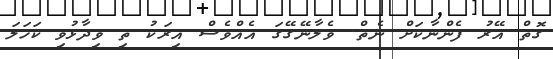
ގޮތް އޭރު ފެންނާކަށް ނެތް. ވެލާނޭގޭގަ އެއްވެސް އިރަކު ތި ވިދާޅުވި ކަހަލަ